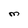
Character: M